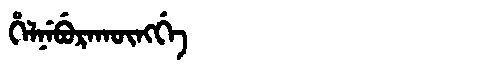
Manchu: ᡥᡝᠯᠨᡝᠪᡠᡵᠠᡴᡡᠩᡤᡝ
Romanization: HELNEBURAKŪNGGE